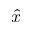
\hat { x }